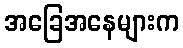
အခြေအနေများက